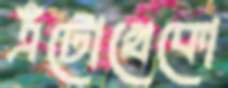
এঁটোখেকো